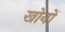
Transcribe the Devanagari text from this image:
खोनों